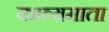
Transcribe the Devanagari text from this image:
काव्यमाता